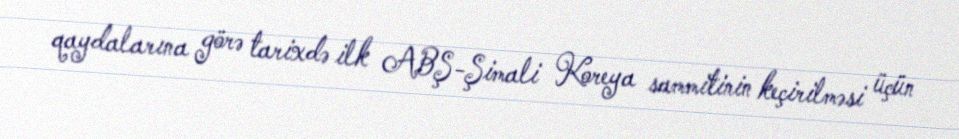
qaydalarına görə tarixdə ilk ABŞ-Şimali Koreya sammitinin keçirilməsi üçün